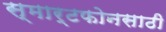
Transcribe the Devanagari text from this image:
स्मार्टफोनसाठी